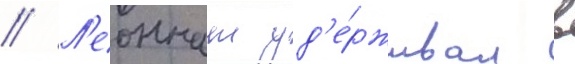
// Л'еоннат уд'е́рживал в